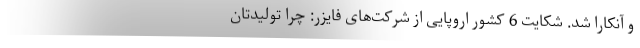
و آنکارا شد. شکایت 6 کشور اروپایی از شرکت‌های فایزر: چرا تولیدتان